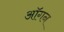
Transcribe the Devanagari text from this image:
ऑगन